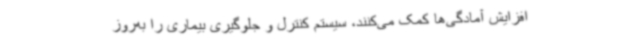
افزایش آمادگی‌ها کمک می‌کنند، سیستم کنترل و جلوگیری بیماری را به‌روز